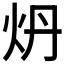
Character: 𬉾